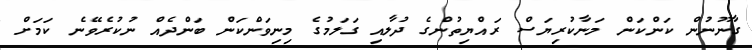
ގާނޫނުން ކަންކަން މަނާކުރިޔަސް ރައްޔިތުންގެ ދުލާއި ގަލަމުގެ މިނިވަންކަން ބަންދެއް ނުކުރެވޭނެ ކަމަށް